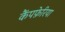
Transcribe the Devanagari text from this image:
कैंपफ़ेरिया